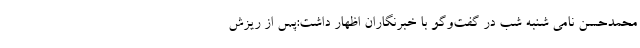
محمدحسن نامی شنبه شب در گفت‌وگو با خبرنگاران اظهار داشت:پس از ریزش